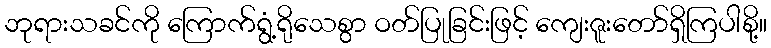
ဘုရားသခင်ကို ကြောက်ရွံ့ရိုသေစွာ ဝတ်ပြုခြင်းဖြင့် ကျေးဇူးတော်ရှိကြပါစို့။